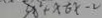
3 x ^ { 2 } + x - 6 x - 2